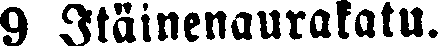
9 Itäinenaurakatu.